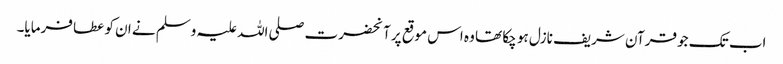
اب تک جو قرآن شریف نازل ہو چکا تھا وہ اس موقع پر آنحضرت صلی اللہ علیہ وسلم نے ان کو عطا فرمایا۔